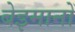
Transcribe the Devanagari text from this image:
बेइमानों